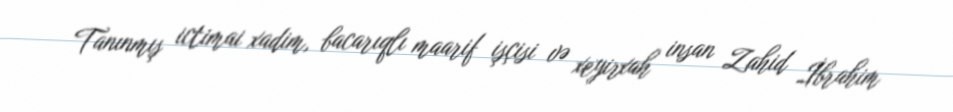
Tanınmış ictimai xadim, bacarıqlı maarif işçisi və xeyirxah insan Zahid İbrahim